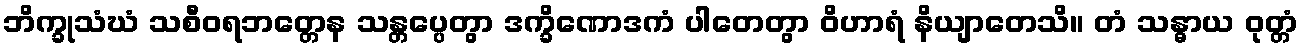
ဘိက္ခုသံဃံ သစီဝရဘတ္တေန သန္တပ္ပေတွာ ဒက္ခိဏောဒကံ ပါတေတွာ ဝိဟာရံ နိယျာတေသိ။ တံ သန္ဓာယ ဝုတ္တံ